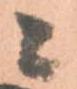
ニ